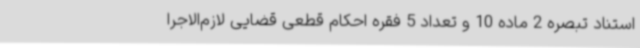
استناد تبصره 2 ماده 10 و تعداد 5 فقره احکام قطعی قضایی لازم‌الاجرا